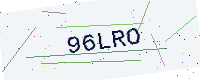
Text: 96LRO